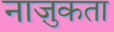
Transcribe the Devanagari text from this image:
नाज़ुकता